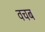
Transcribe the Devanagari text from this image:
वचब